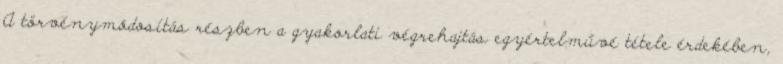
A törvénymódosítás részben a gyakorlati végrehajtás egyértelművé tétele érdekében,